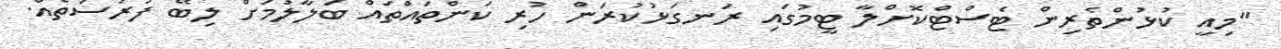
"މިއީ ކުޅުންތެރިން ޓެސްޓްކޮށްލާ ޓީމުގައި ރަނގަޅުކުރަން ހުރި ކަންތައްތައް ބަލާލުމަށް ލިބޭ ފުރުސަތެއް.